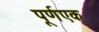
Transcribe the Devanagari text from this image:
पूर्णएक